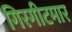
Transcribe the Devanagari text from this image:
गिरगीटमार